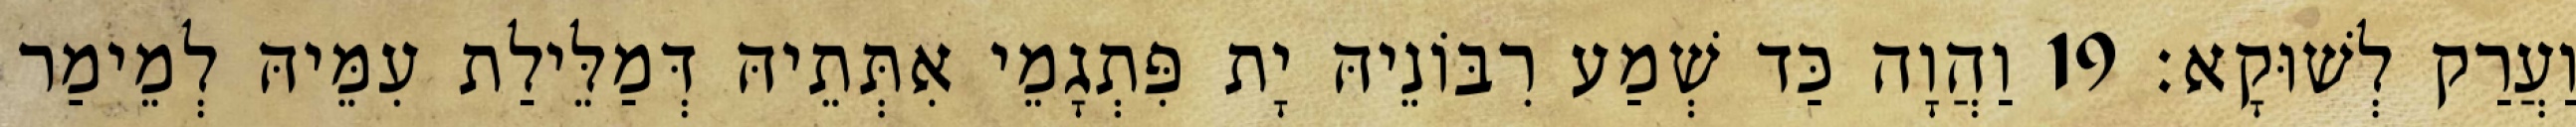
וַעֲרַק לְשׁוּקָא׃ 19 וַהֲוָה כַּד שְׁמַע רִבּוֹנֵיהּ יָת פִּתְגָמֵי אִתְּתֵיהּ דְּמַלֵּילַת עִמֵּיהּ לְמֵימַר